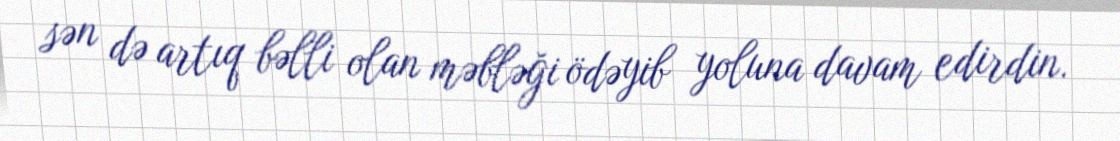
sən də artıq bəlli olan məbləği ödəyib yoluna davam edirdin.